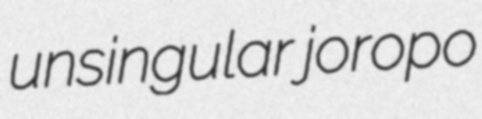
unsingular joropo